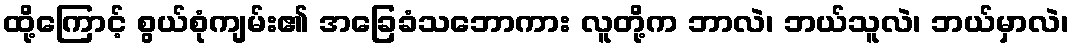
ထို့ကြောင့် စွယ်စုံကျမ်း၏ အခြေခံသဘောကား လူတို့က ဘာလဲ၊ ဘယ်သူလဲ၊ ဘယ်မှာလဲ၊